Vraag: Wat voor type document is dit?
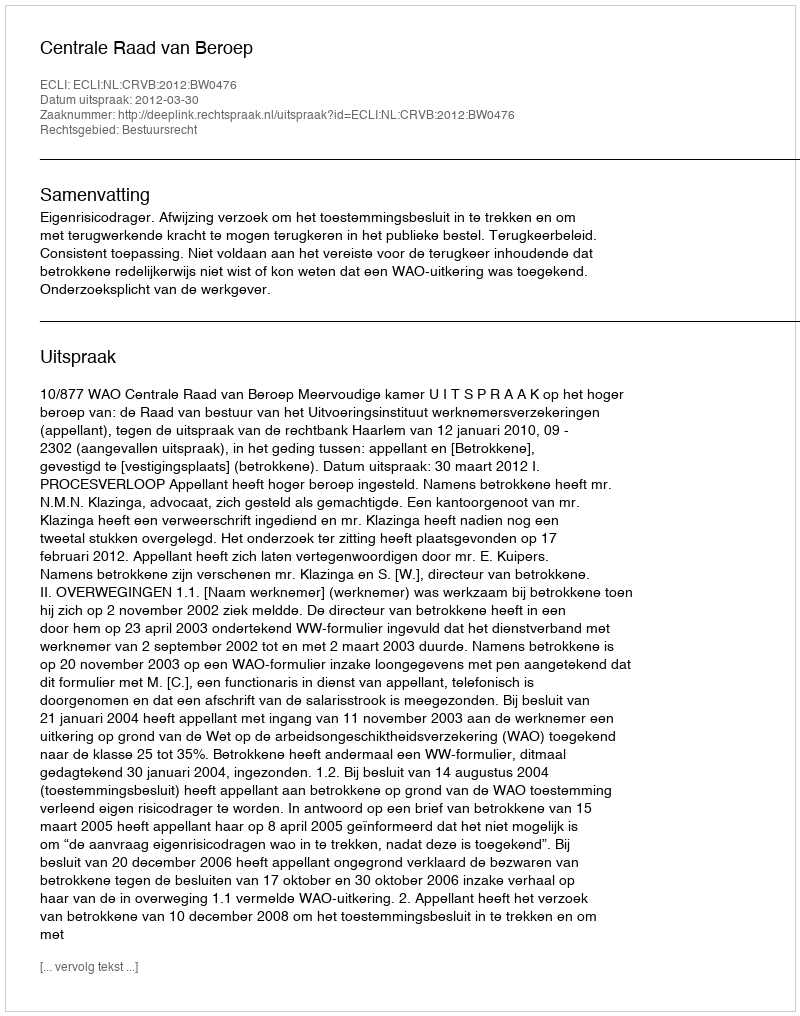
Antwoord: Uitspraak